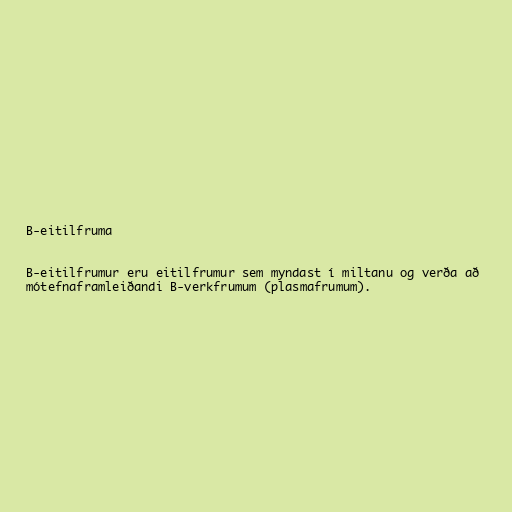
B-eitilfruma

B-eitilfrumur eru eitilfrumur sem myndast í miltanu og verða að
mótefnaframleiðandi B-verkfrumum (plasmafrumum).